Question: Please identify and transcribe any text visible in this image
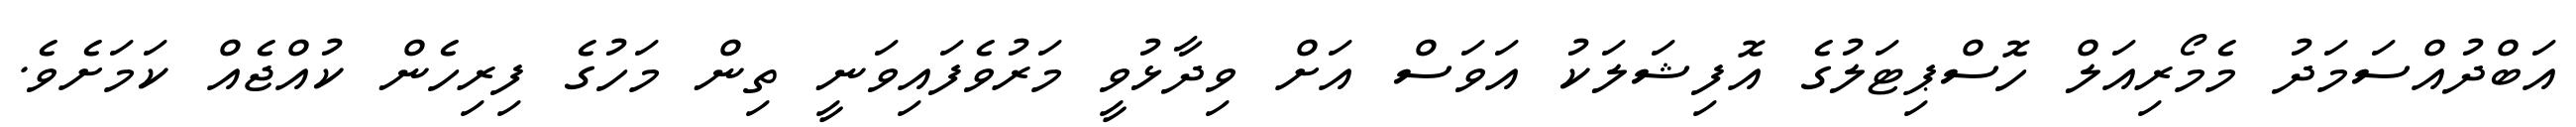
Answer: އަބްދުއްސަމަދު މެމޯރިއަލް ހޮސްޕިޓަލުގެ އޮފިޝަލަކު އަވަސް އަށް ވިދާޅުވީ މަރުވެފައިވަނީ ތިން މަހުގެ ފިރިހެން ކުއްޖެއް ކަމަށެވެ.